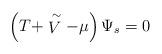
LaTeX: \begin{align*}\left( T + \stackrel{\sim}{V} - \mu \right) \Psi_s = 0\end{align*}